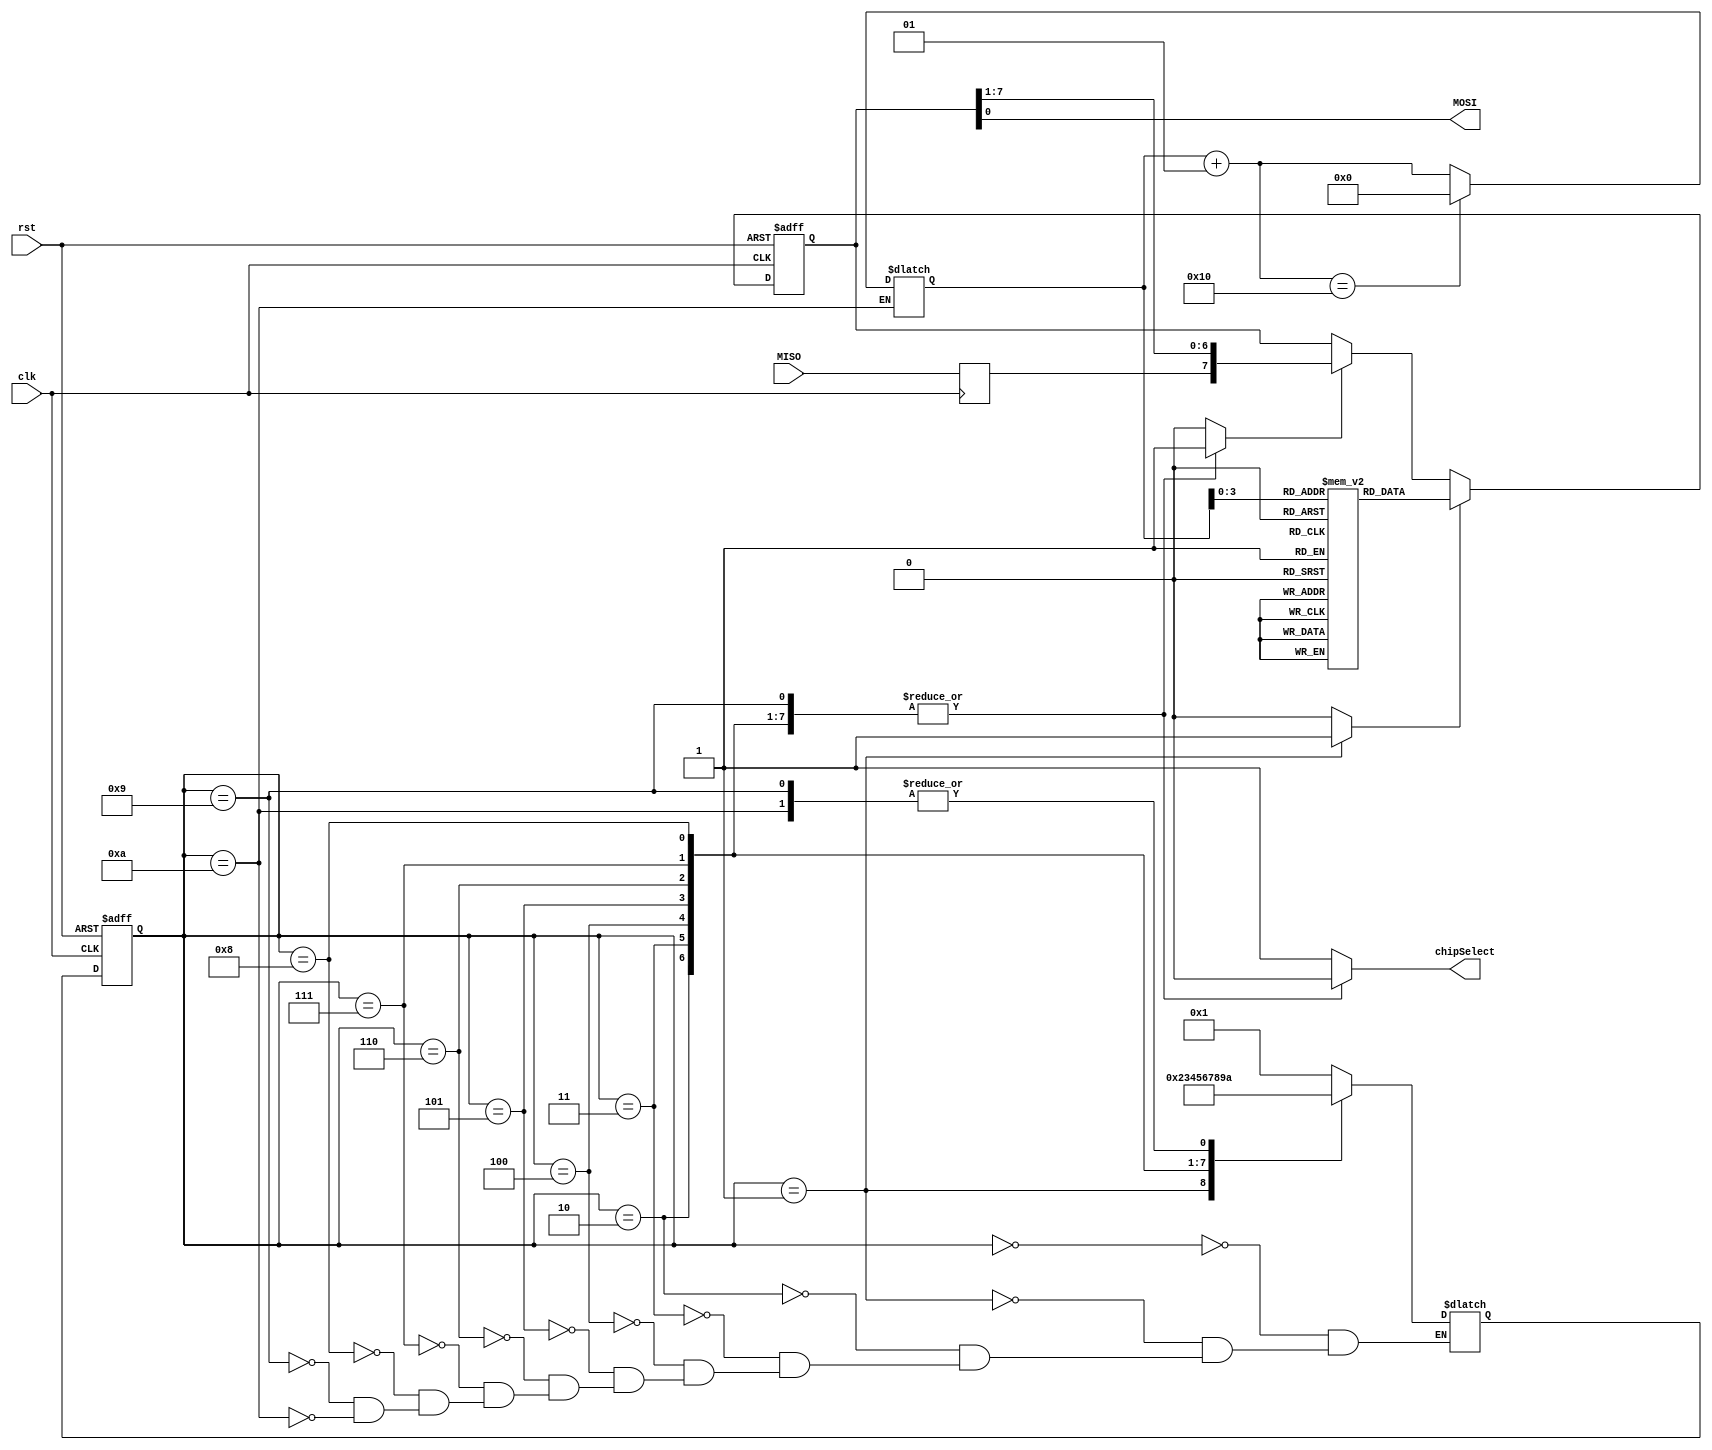
module MasterModeling
#(parameter HowManyDataYouWantTransfer = 16, clkDuration = 20)
(
input clk,
input rst,
input MISO,
output reg chipSelect,
output reg MOSI
);

// Master data
reg [7:0]Master[0:HowManyDataYouWantTransfer-1];
initial
begin
	Master[0] = 8'b00000010;
	Master[1] = 8'b00000100;
	Master[2] = 8'b00001000;
	Master[3] = 8'b00010000;
	Master[4] = 8'b00100000;
	Master[5] = 8'b01000000;
	Master[6] = 8'b10000000;
	Master[7] = 8'b00000000; // turn of red led
	
	Master[8] = 8'b00000011;
	Master[9] = 8'b00000101;
	Master[10] = 8'b00001001;
	Master[11] = 8'b00010001;
	Master[12] = 8'b00100001;
	Master[13] = 8'b01000001;
	Master[14] = 8'b10000001;
	Master[15] = 8'b00000001; // turn of blue led
end

reg shftEnable;
reg loadEnable;
reg [7:0]MasterShiftReg;
reg sample_frome_MISO;
reg rst_master_shift_register;
reg end_of_rest_state;
reg start_rest, end_rest;
integer i=0;

reg [3:0] nextState, presentState;
parameter [3:0] reset = 4'b0000,
				idel  = 4'b0001,
			    bit_0 = 4'b0010,
				bit_1 = 4'b0011,
				bit_2 = 4'b0100,
				bit_3 = 4'b0101,
				bit_4 = 4'b0110,
				bit_5 = 4'b0111,
				bit_6 = 4'b1000,
				bit_7 = 4'b1001,
			    rest  = 4'b1010;
				

always@(posedge clk, posedge rst)
begin
	if(rst == 1'b1)
		MasterShiftReg <=0;
	else if(loadEnable==1'b1)
		MasterShiftReg <= Master[i];
	else if(shftEnable==1'b1)
	begin
		MasterShiftReg <= {sample_frome_MISO, MasterShiftReg[7:1]};
	end
	else
		MasterShiftReg <= MasterShiftReg;
end

assign MOSI = MasterShiftReg[0];


always@(negedge clk)
begin
	sample_frome_MISO <= MISO;
end




always@(posedge clk, posedge rst)
begin: presentState_nextState
	if(rst == 1'b1)
		presentState <= reset;
	else
		presentState <= nextState;
end
	
always@(presentState, end_of_rest_state)
begin: choose_nextState
	case(presentState)
	reset: nextState = idel;  // reseting master shift register
	idel:  nextState = bit_0; //load data into Master
	bit_0: nextState = bit_1;
	bit_1: nextState = bit_2;
	bit_2: nextState = bit_3;
	bit_3: nextState = bit_4;
	bit_4: nextState = bit_5;
	bit_5: nextState = bit_6;
	bit_6: nextState = bit_7;
	bit_7: nextState = rest;
	rest:  if(end_of_rest_state == 1'b1) nextState = idel; else nextState = rest; 
	endcase
end

always@(presentState)
begin
	{loadEnable, chipSelect, shftEnable, start_rest, rst_master_shift_register} = 5'b01000;// we must initialize output in order to synthesize tool don't make a latch.
	case(presentState)
	reset: rst_master_shift_register = 1'b1;
	idel: loadEnable = 1'b1;
	bit_0: {chipSelect,shftEnable} = 2'b01;
	bit_1: {chipSelect,shftEnable} = 2'b01;
	bit_2: {chipSelect,shftEnable} = 2'b01;
	bit_3: {chipSelect,shftEnable} = 2'b01;
	bit_4: {chipSelect,shftEnable} = 2'b01;
	bit_5: {chipSelect,shftEnable} = 2'b01;
	bit_6: {chipSelect,shftEnable} = 2'b01;
	bit_7: {chipSelect,shftEnable} = 2'b01;
	rest:
		begin
			start_rest = 1'b1;
			i = i + 1;
			if(i == HowManyDataYouWantTransfer)
				i = 0;
		end
	endcase
end

initial begin end_rest = 1'b0; end
always #(clkDuration * (HowManyDataYouWantTransfer+2)) end_rest = ~end_rest; // clock duration is: 20 [ns] or 20000 [ps]
assign end_of_rest_state = start_rest & end_rest;

endmodule